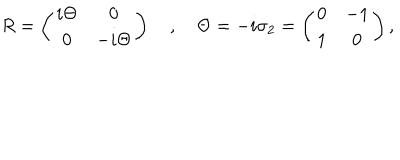
LaTeX: R = \left( \begin{matrix} { { i \Theta } } & { { 0 } } \\ { { 0 } } & { { - i \Theta } } \\ \end{matrix} \right) \quad , \quad \Theta = - i \sigma _ { 2 } = \left( \begin{matrix} { { 0 } } & { { - 1 } } \\ { { 1 } } & { { 0 } } \\ \end{matrix} \right) ,